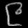
Digit: ၉